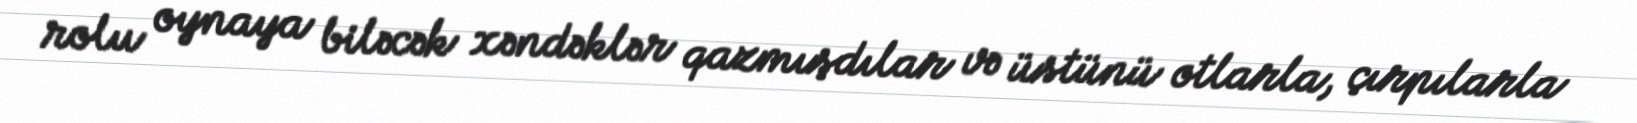
rolu oynaya biləcək xəndəklər qazmışdılar və üstünü otlarla, çırpılarla